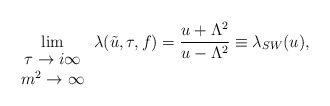
\begin{align*}\lim_{\begin{array}{c}\tau \rightarrow i \infty \\ m^{2} \rightarrow \infty \end{array}} \lambda (\tilde{u},\tau,f)= \frac {u + \Lambda^{2}}{u- \Lambda^{2}} \equiv \lambda_{SW}(u),\end{align*}